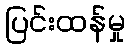
ပြင်းထန်မှု